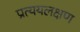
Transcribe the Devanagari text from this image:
प्रत्ययलक्षण